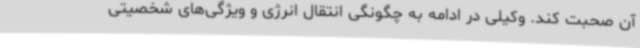
آن صحبت کند. وکیلی در ادامه به چگونگی انتقال انرژی و ویژگی‌های شخصیتی